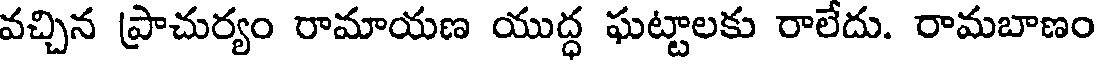
వచ్చిన ప్రాచుర్యం రామాయణ యుద్ధ ఘట్టాలకు రాలేదు. రామబాణం